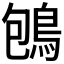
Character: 𪀀